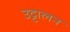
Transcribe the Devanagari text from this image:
उट्टालन